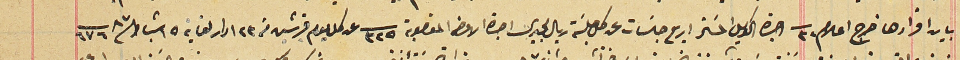
بيان اقرارها خرج اعلام ٣٢ اجرة الوكيل المسَخر اربع جلسَات عن كل جلسَة ريال مجيدى اجرة الاوضه المغصوبة ٣٢٥ عن كل يوم قرشين من ٢٣ ادار لغاية ١٥ شباط ٨٧ ٦٧٦